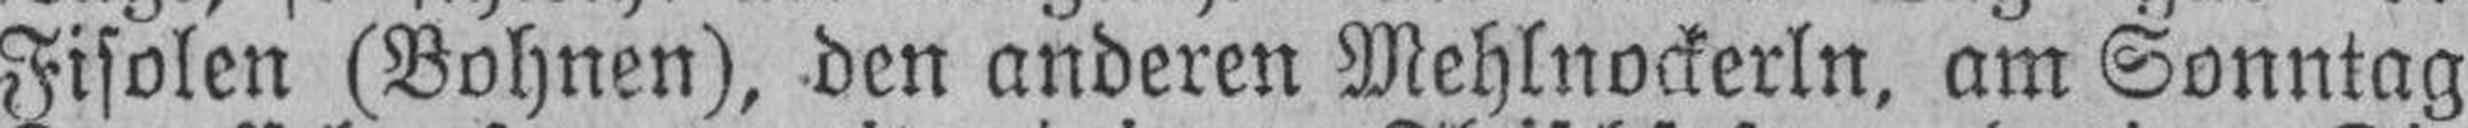
Fisolen (Bohnen), den anderen Mehlnockerln, am Sonntag